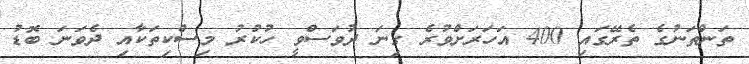
ތަންތަނުގެ ތެރޭގައި 400 އަހަރަށްވުރެ ގިނަ ދުވަސްވީ ހުކުރު މިސްކިތަކާއި ދެވަނަ ބޮޑު